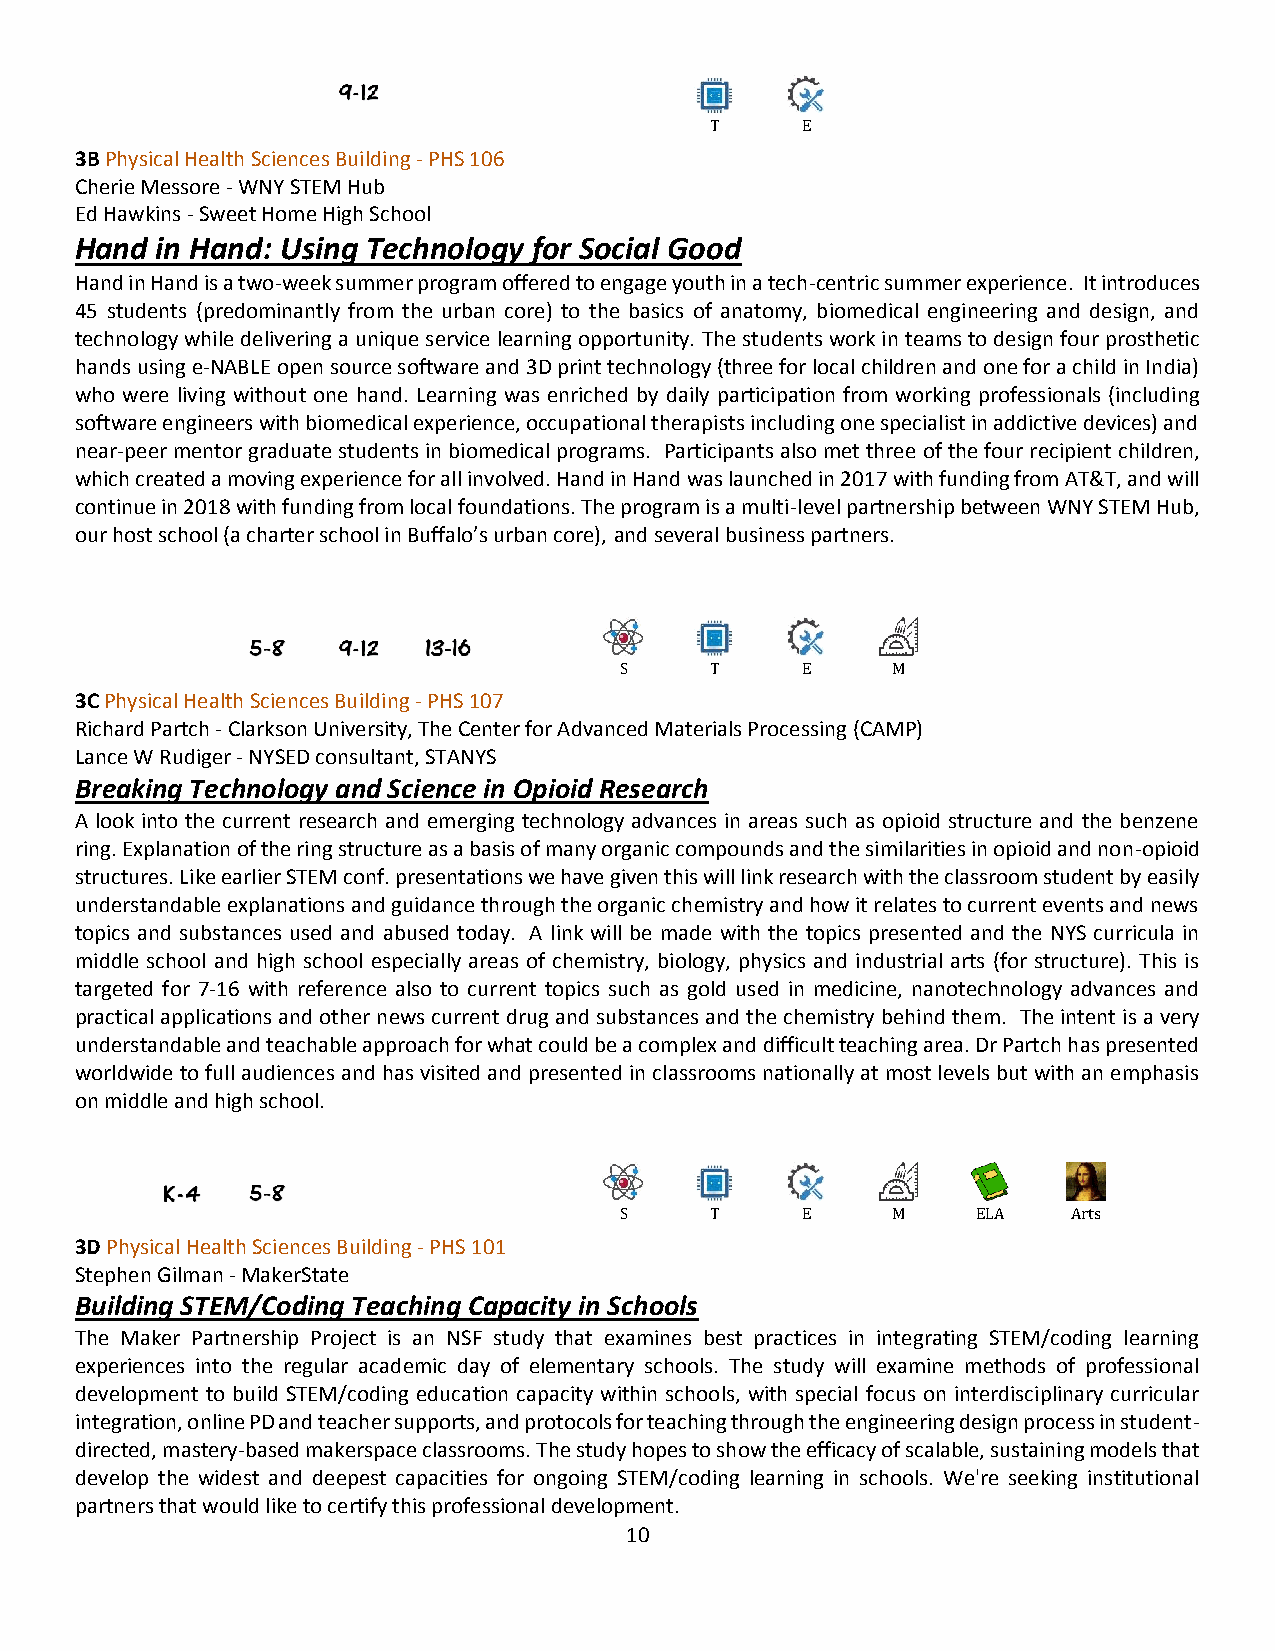
T     E
 3B Physical Health Sciences Building - PHS 106
 Cherie Messore - WNY STEM Hub
 Ed Hawkins - Sweet Home High School
 Hand in Hand: Using Technology for Social Good
 Hand in Hand is a two-week summer program offered to engage youth in a tech-centric summer experience. It introduces
 45 students (predominantly from the urban core) to the basics of anatomy, biomedical engineering and design, and
 technology while delivering a unique service learning opportunity. The students work in teams to design four prosthetic
 hands using e-NABLE open source software and 3D print technology (three for local children and one for a child in India)
 who were living without one hand. Learning was enriched by daily participation from working professionals (including
 software engineers with biomedical experience, occupational therapists including one specialist in addictive devices) and
 near-peer mentor graduate students in biomedical programs. Participants also met three of the four recipient children,
 which created a moving experience for all involved. Hand in Hand was launched in 2017 with funding from AT&T, and will
 continue in 2018 with funding from local foundations. The program is a multi-level partnership between WNY STEM Hub,
 our host school (a charter school in Buffalo’s urban core), and several business partners.
 S     T     E     M
 3C Physical Health Sciences Building - PHS 107
 Richard Partch - Clarkson University, The Center for Advanced Materials Processing (CAMP)
 Lance W Rudiger - NYSED consultant, STANYS
 Breaking Technology and Science in Opioid Research
 A look into the current research and emerging technology advances in areas such as opioid structure and the benzene
 ring. Explanation of the ring structure as a basis of many organic compounds and the similarities in opioid and non-opioid
 structures. Like earlier STEM conf. presentations we have given this will link research with the classroom student by easily
 understandable explanations and guidance through the organic chemistry and how it relates to current events and news
 topics and substances used and abused today. A link will be made with the topics presented and the NYS curricula in
 middle school and high school especially areas of chemistry, biology, physics and industrial arts (for structure). This is
 targeted for 7-16 with reference also to current topics such as gold used in medicine, nanotechnology advances and
 practical applications and other news current drug and substances and the chemistry behind them. The intent is a very
 understandable and teachable approach for what could be a complex and difficult teaching area. Dr Partch has presented
 worldwide to full audiences and has visited and presented in classrooms nationally at most levels but with an emphasis
 on middle and high school.
 S     T     E     M     ELA   Arts
 3D Physical Health Sciences Building - PHS 101
 Stephen Gilman - MakerState
 Building STEM/Coding Teaching Capacity in Schools
 The Maker Partnership Project is an NSF study that examines best practices in integrating STEM/coding learning
 experiences into the regular academic day of elementary schools. The study will examine methods of professional
 development to build STEM/coding education capacity within schools, with special focus on interdisciplinary curricular
 integration, online PD and teacher supports, and protocols for teaching through the engineering design process in student-
 directed, mastery-based makerspace classrooms. The study hopes to show the efficacy of scalable, sustaining models that
 develop the widest and deepest capacities for ongoing STEM/coding learning in schools. We're seeking institutional
 partners that would like to certify this professional development.
 10